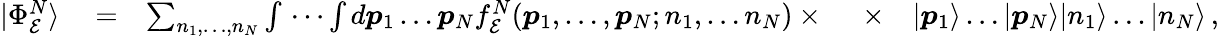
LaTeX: \begin{array}{rlrlr}{|\Phi_{\mathcal E}^{N}\rangle}&{{}=}&{\sum_{n_{1},\dots,n_{N}}\int\, \cdots\int d\boldsymbol{p}_{1}\dots\boldsymbol{p}_{N}f_{\mathcal E}^{N}(\boldsymbol{p}_{1},\dots,\boldsymbol{p}_{N};n_{1},\dots n_{N})\times\ }&{{}\times}&{|\boldsymbol{p}_{1}\rangle\dots|\boldsymbol{p}_{N}\rangle|n_{1}\rangle\dots|n_{N}\rangle\, ,}\end{array}